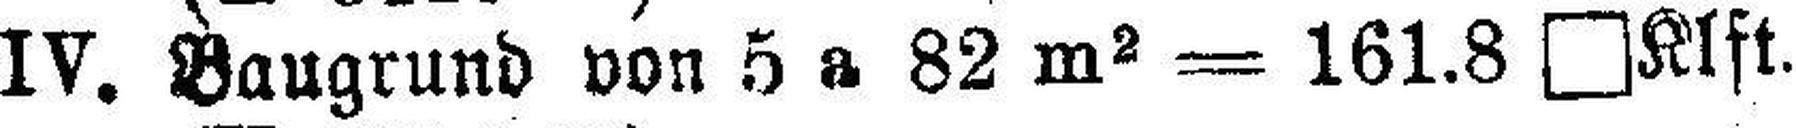
IV. Baugrund von 5 a 82 m2 = 161.8 □Klft.